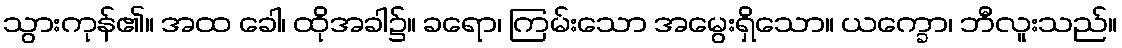
သွားကုန်၏။ အထ ခေါ၊ ထိုအခါ၌။ ခရော၊ ကြမ်းသော အမွေးရှိသော။ ယက္ခော၊ ဘီလူးသည်။